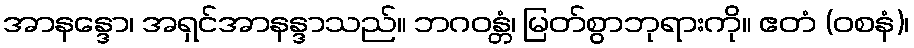
အာနန္ဒော၊ အရှင်အာနန္ဒာသည်။ ဘဂဝန္တံ၊ မြတ်စွာဘုရားကို။ ဧတံ (ဝစနံ)၊